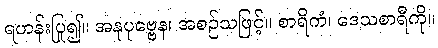
ရဟန်းပြု၍။ အနုပုဗ္ဗေန၊ အစဉ်သဖြင့်။ စာရိကံ၊ ဒေသစာရီကို။